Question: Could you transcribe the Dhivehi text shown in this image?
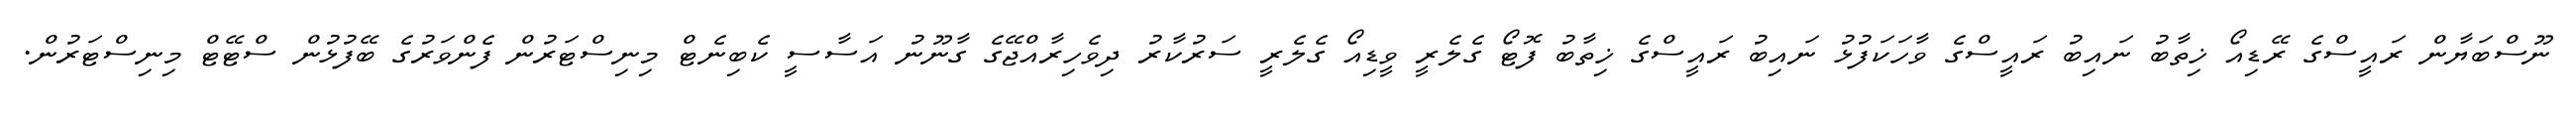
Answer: ނޫސްބަޔާން ރައީސްގެ ރޭޑިއޯ ޚިތާބު ނައިބު ރައީސްގެ ވާހަކަފުޅު ނައިބު ރައީސްގެ ޚިތާބު ފޮޓޯ ގެލެރީ ވީޑިއޯ ގެލެރީ ސަރުކާރު ދިވެހިރާއްޖޭގެ ގާނޫނު އަސާސީ ކެބިނެޓް މިނިސްޓަރުން ފެންވަރުގެ ބޭފުޅުން ސްޓޭޓް މިނިސްޓަރުން.